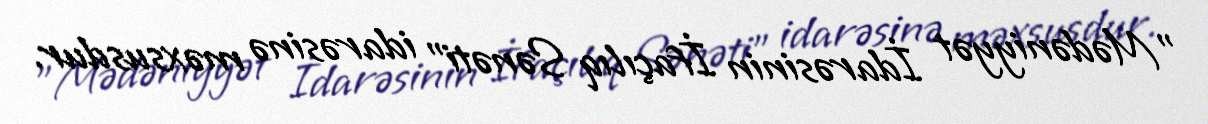
"Mədəniyyət İdarəsinin İfaçılıq Sənəti" idarəsinə məxsusdur.